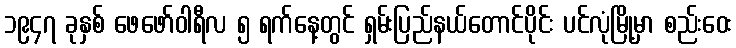
၁၉၄၇ ခုနှစ် ဖေဖော်ဝါရီလ ၅ ရက်နေ့တွင် ရှမ်းပြည်နယ်တောင်ပိုင်း ပင်လုံမြို့မှာ စည်းဝေး